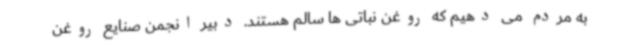
به مردم می دهیم که روغن نباتی ها سالم هستند. دبیر انجمن صنایع روغن